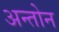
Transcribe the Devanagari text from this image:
अन्तोन